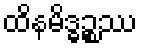
ထိနမိဒ္ဓဉ္စဿ